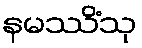
နမဿိံသု